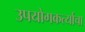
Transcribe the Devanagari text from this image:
उपयोगकर्त्याचा